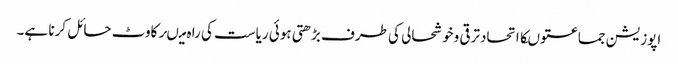
اپوزیشن جماعتوںکااتحادترقی وخوشحالی کی طرف بڑھتی ہوئی ریاست کی را ہ میںرکاوٹ حائل کرنا ہے۔